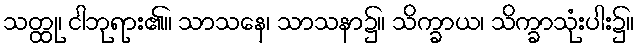
သတ္ထု၊ ငါဘုရား၏။ သာသနေ၊ သာသနာ၌။ သိက္ခာယ၊ သိက္ခာသုံးပါး၌။